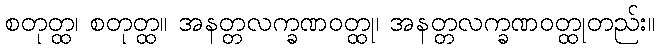
စတုတ္ထ၊ စတုတ္ထ။ အနတ္တလက္ခဏဝတ္ထု၊ အနတ္တလက္ခဏဝတ္ထုတည်း။